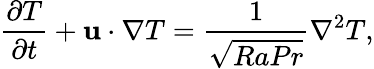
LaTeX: \frac{\partial T}{\partial t}+\textbf{u}\cdot\nabla T=\frac{1}{\sqrt{RaPr}}\nabla^{2}T,